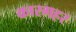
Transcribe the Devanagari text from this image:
कारगहर